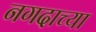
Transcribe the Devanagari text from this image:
नगदाच्या